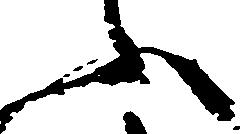
ふ